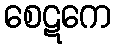
စေဋကေ